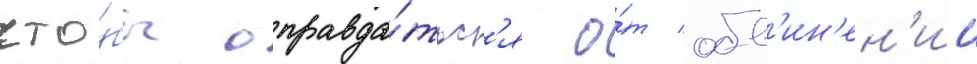
что́бы оправда́тьс'я о́т обв'ин'ен'ии